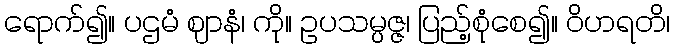
ရောက်၍။ ပဌမံ ဈာနံ၊ ကို။ ဥပသမ္ပဇ္ဇ၊ ပြည့်စုံစေ၍။ ဝိဟရတိ၊